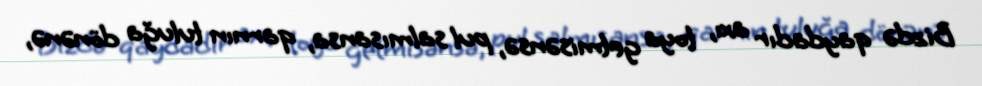
Bizdə qaydadır axı, toya getmisənsə, pul salmısansa, qarnın tuluğa dönənə,